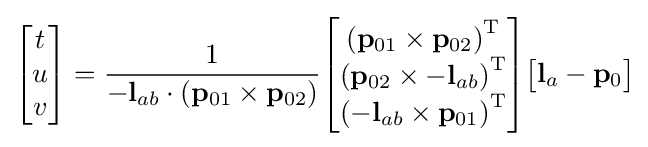
{\begin{bmatrix}t\\u\\v\end{bmatrix}}={\frac {1}{-\mathbf {l} _{ab}\cdot (\mathbf {p} _{01}\times \mathbf {p} _{02})}}{\begin{bmatrix}{(\mathbf {p} _{01}\times \mathbf {p} _{02})}^{\mathrm {T} }\\{(\mathbf {p} _{02}\times -\mathbf {l} _{ab})}^{\mathrm {T} }\\{(-\mathbf {l} _{ab}\times \mathbf {p} _{01})}^{\mathrm {T} }\end{bmatrix}}{\begin{bmatrix}\mathbf {l} _{a}-\mathbf {p} _{0}\end{bmatrix}}